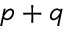
p + q